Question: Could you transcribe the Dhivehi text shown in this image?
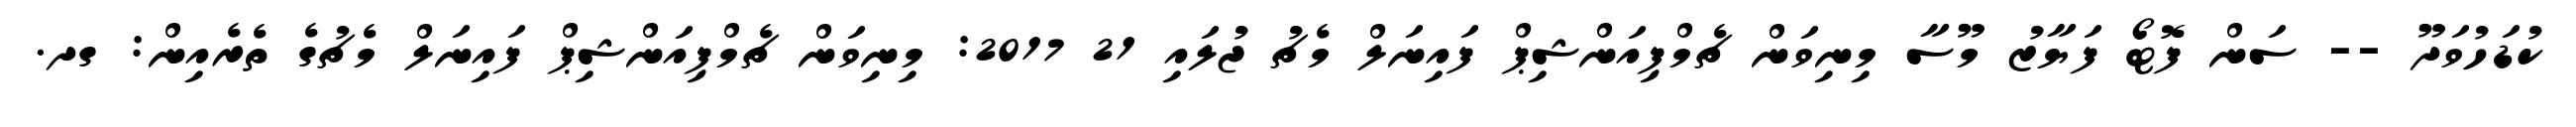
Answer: ކުޑަހުވަދޫ -- ސަން ފޮޓޯ ފަޔާޒު މޫސާ މިނިވަން ޗެމްޕިއަންޝިޕް ފައިނަލް މެޗު ޖުލައި 21 2017: މިނިވަން ޗެމްޕިއަންޝިޕް ފައިނަލް މެޗުގެ ތެރެއިން: ގދ.